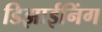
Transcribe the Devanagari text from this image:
डिझाईनिंग